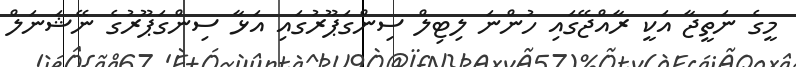
މީގެ ނަތީޖާ އަކީ ރާއްޖޭގައި ހުންނަ ލިޓިލް ސިންގަޕޫރުގައި އަޅާ ސިންގަޕޫރުގެ ނޭޝަނަލް